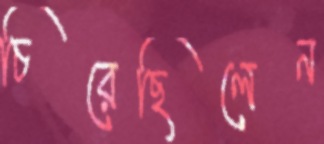
চিরেছিলেন